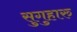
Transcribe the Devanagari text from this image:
सुगुहारु